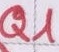
Text: Q1